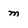
Character: m